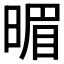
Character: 𣈲